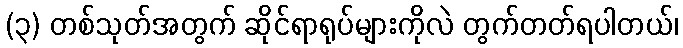
(၃) တစ်သုတ်အတွက် ဆိုင်ရာရုပ်များကိုလဲ တွက်တတ်ရပါတယ်၊